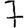
Digit: 7